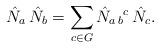
LaTeX: \begin{align*}\hat N_{a}\, \hat N_{b} = \sum_{c\in G} \hat N_{a\, b}{}^{c}\, \hat N_{c}. \end{align*}